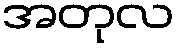
အတုလ